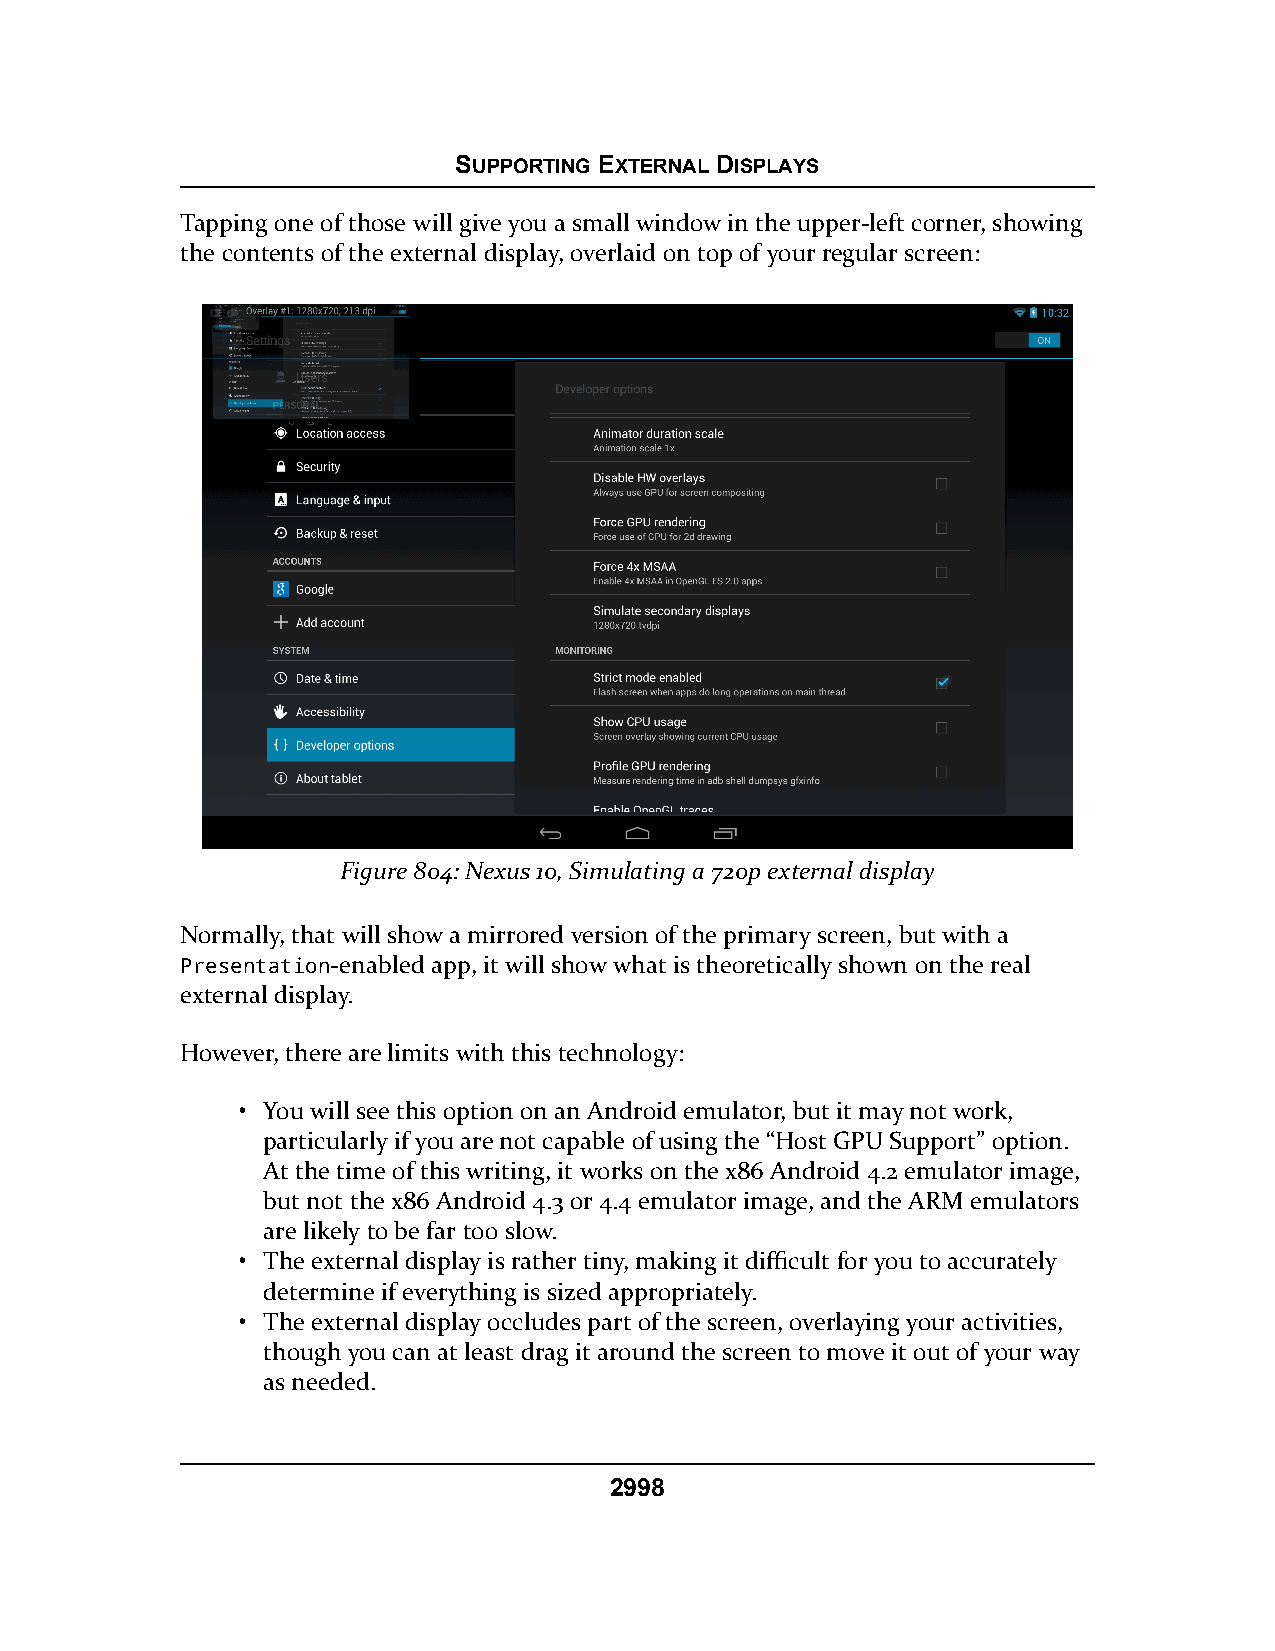
SUPPORTING EXTERNAL DISPLAYS
 Tapping one of those will give you a small window in the upper-left corner, showing
 the contents of the external display, overlaid on top of your regular screen:
 Figure 804: Nexus 10, Simulating a 720p external display
 Normally, that will show a mirrored version of the primary screen, but with a
 Presentation-enabled app, it will show what is theoretically shown on the real
 external display.
 However, there are limits with this technology:
 • You will see this option on an Android emulator, but it may not work,
 particularly if you are not capable of using the “Host GPU Support” option.
 At the time of this writing, it works on the x86 Android 4.2 emulator image,
 but not the x86 Android 4.3 or 4.4 emulator image, and the ARM emulators
 are likely to be far too slow.
 • The external display is rather tiny, making it difficult for you to accurately
 determine if everything is sized appropriately.
 • The external display occludes part of the screen, overlaying your activities,
 though you can at least drag it around the screen to move it out of your way
 as needed.
 2998